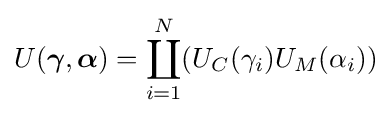
U({\boldsymbol {\gamma }},{\boldsymbol {\alpha }})=\coprod _{i=1}^{N}(U_{C}(\gamma _{i})U_{M}(\alpha _{i}))